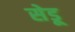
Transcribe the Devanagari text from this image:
सेडू